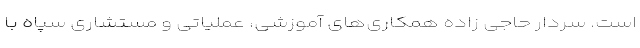
است. سردار حاجی زاده همکاری‌های آموزشی، عملیاتی و مستشاری سپاه با